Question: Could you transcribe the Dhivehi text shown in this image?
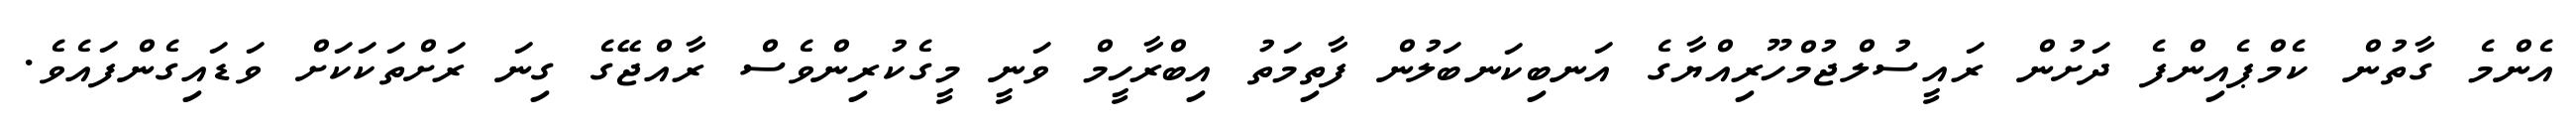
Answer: އެންމެ ގާތުން ކެމްޕެއިންފެ ދަށުން ރައީސުލްޖުމްހޫރިއްޔާގެ އަނބިކަނބަލުން ފާތިމަތު އިބްރާހީމް ވަނީ މީގެކުރިންވެސް ރާއްޖޭގެ ގިނަ ރަށްތަކަކަށް ވަޑައިގެންފައެވެ.